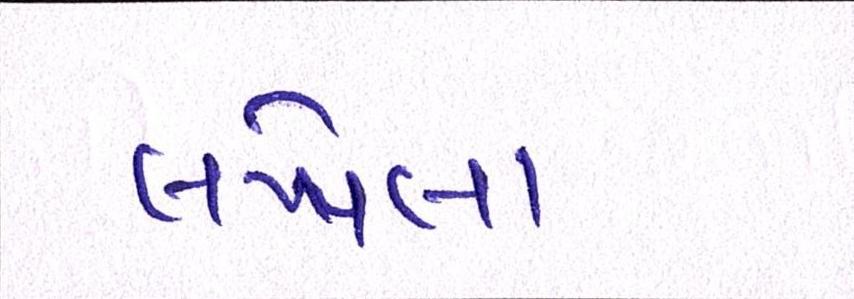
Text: લખેલા